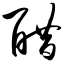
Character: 醋